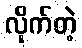
လိုက်တဲ့